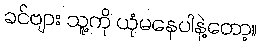
ခင်ဗျား သူ့ကို ယုံမနေပါနဲ့တော့။